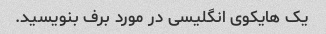
یک هایکوی انگلیسی در مورد برف بنویسید.